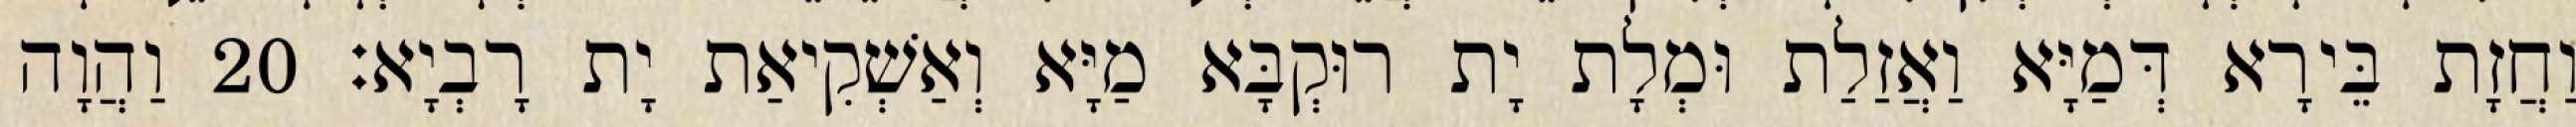
וַחֲזָת בֵּירָא דְּמַיָּא וַאֲזַלַת וּמְלָת יָת רוּקְבָּא מַיָּא וְאַשְׁקִיאַת יָת רָבְיָא׃ 20 וַהֲוָה